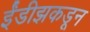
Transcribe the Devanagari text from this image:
ईंडीझकडून